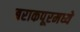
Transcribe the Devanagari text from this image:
बराकपूरमध्ये